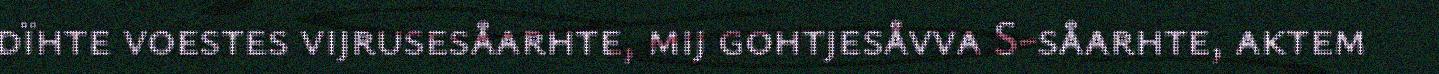
dïhte voestes vijrusesåarhte, mij gohtjesåvva S-såarhte, aktem